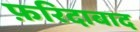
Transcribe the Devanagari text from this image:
फ़रिदाबाद